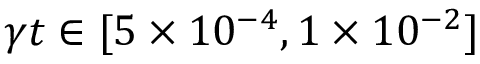
\gamma t \in [ 5 \times 1 0 ^ { - 4 } , 1 \times 1 0 ^ { - 2 } ]